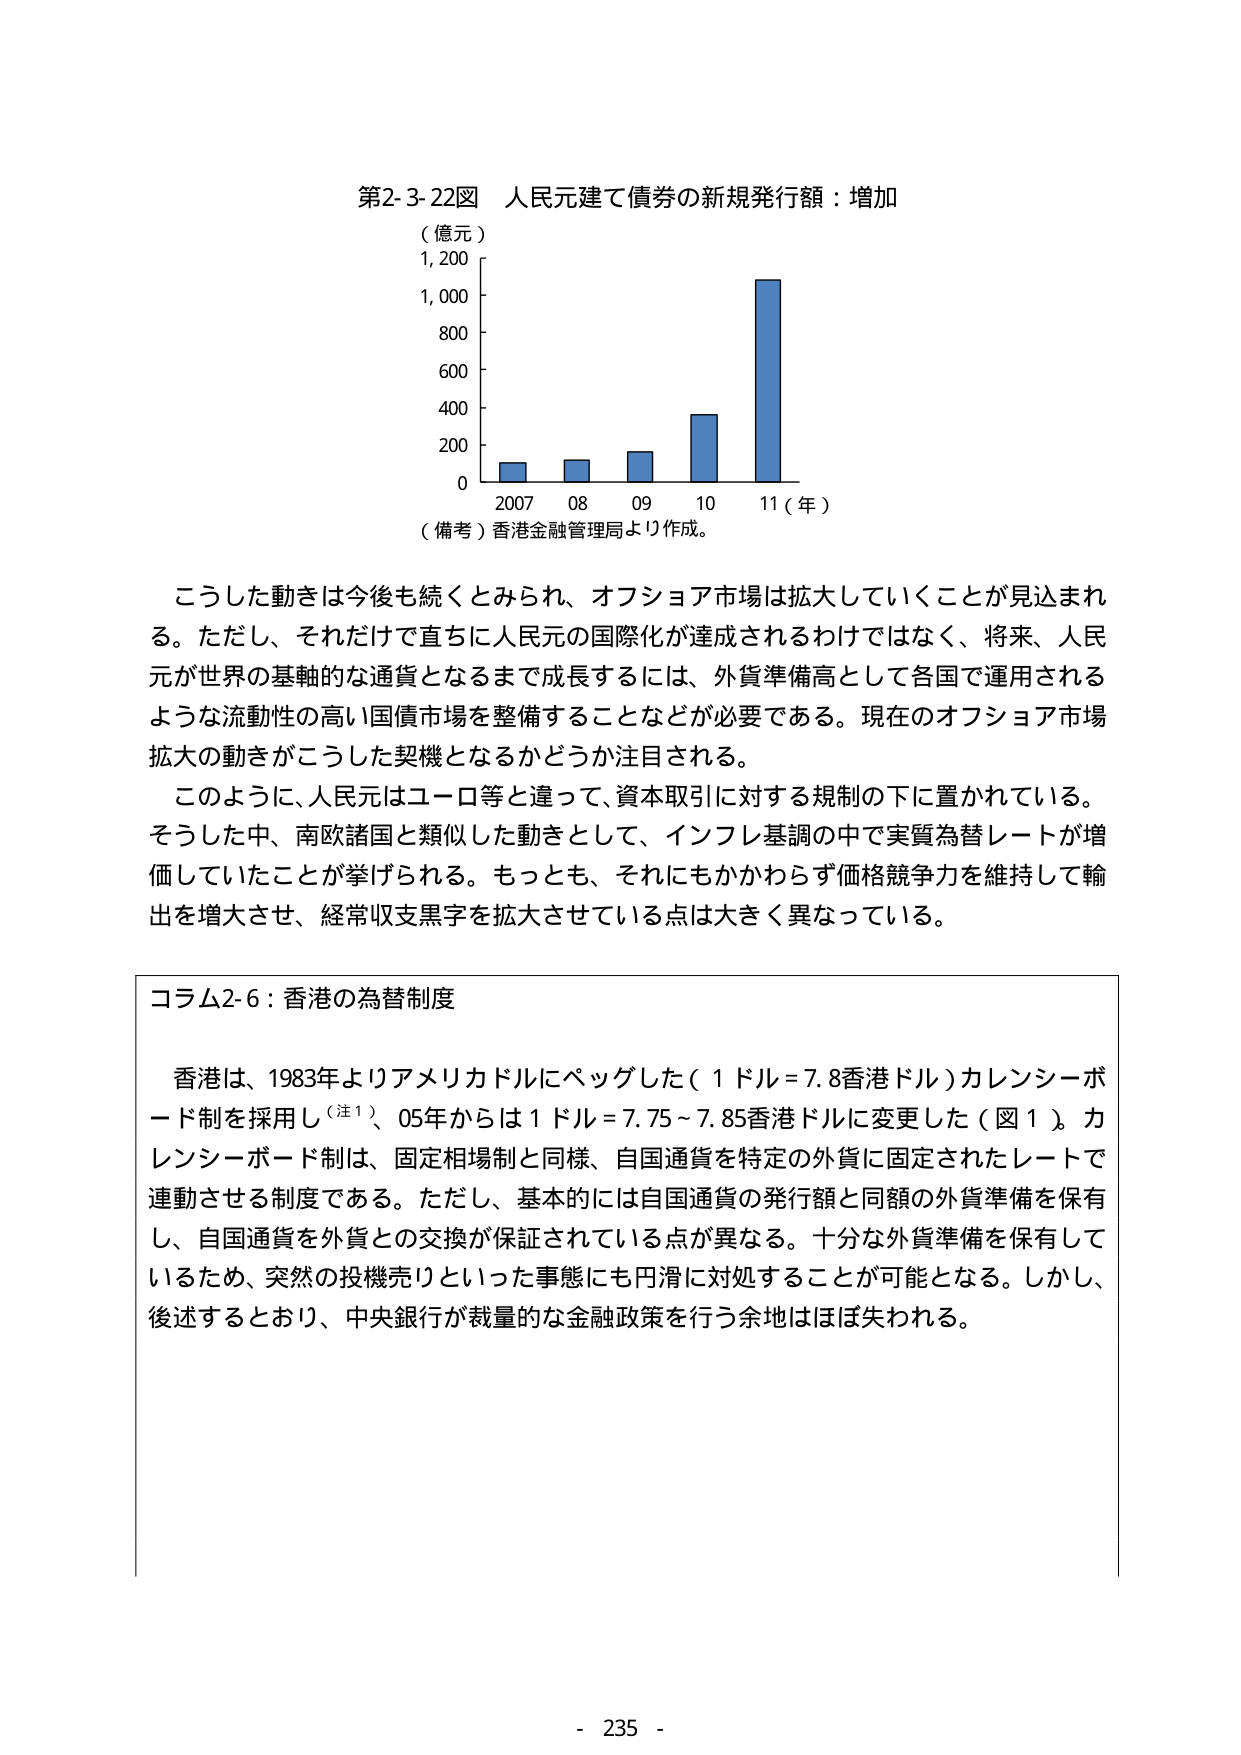
第2-3-22図 人民元建て債券の新規発行額：増加
（億元）
1,200
1,000
800
600
400
200
0
2007 08 09 10 11（年）
（備考）香港金融管理局より作成。

こうした動きは今後も続くとみられ、オフショア市場は拡大していくことが見込まれる。ただし、それだけで直ちに人民元の国際化が達成されるわけではなく、将来、人民元が世界の基軸的な通貨となるまで成長するには、外貨準備高として各国で運用されるような流動性の高い国債市場を整備することなどが必要である。現在のオフショア市場拡大の動きがこうした契機となるかどうか注目される。

このように、人民元はユーロ等と違って、資本取引に対する規制の下に置かれている。そうした中、南欧諸国と類似した動きとして、インフレ基調の中で実質為替レートが増価していたことが挙げられる。もっとも、それにもかかわらず価格競争力を維持して輸出を増大させ、経常収支黒字を拡大させている点は大きく異なっている。

コラム2-6：香港の為替制度

香港は、1983年よりアメリカドルにペッグした（1ドル＝7.8香港ドル）カレンシーボード制を採用し（注1）、05年からは1ドル＝7.75～7.85香港ドルに変更した（図1）。カレンシーボード制は、固定相場制と同様、自国通貨を特定の外貨に固定されたレートで連動させる制度である。ただし、基本的には自国通貨の発行額と同額の外貨準備を保有し、自国通貨を外貨との交換が保証されている点が異なる。十分な外貨準備を保有しているため、突然の投機売りといった事態にも円滑に対処することが可能となる。しかし、後述するとおり、中央銀行が裁量的な金融政策を行う余地はほぼ失われる。

- 235 -